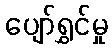
ပျော်ရွှင်မှု